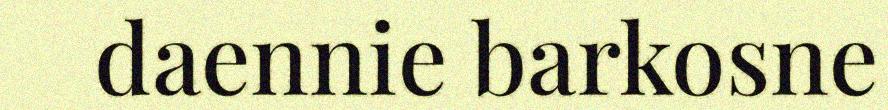
daennie barkosne